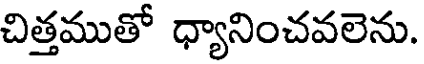
చిత్తముతో ధ్యానించవలెను.